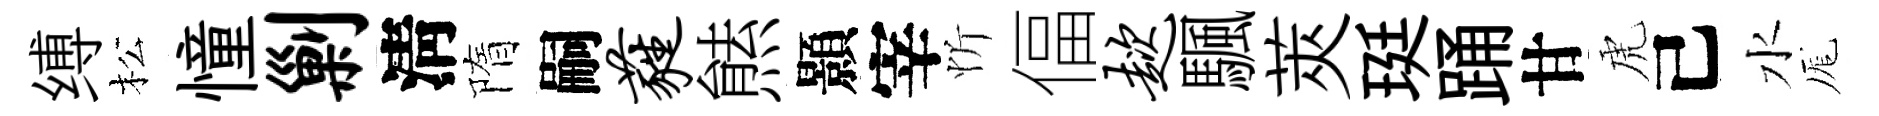
缚松憧剿淸隋嗣蕤㷱顥宰忻偪趑颿莢珽踊甘虎己水厖